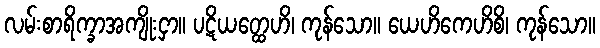
လမ်းစာရိက္ခာအကျိုးငှာ။ ပဋိယတ္ထေဟိ၊ ကုန်သော။ ယေဟိကေဟိစိ၊ ကုန်သော။